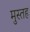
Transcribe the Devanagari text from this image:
मुस्तह